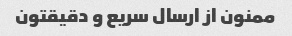
ممنون از ارسال سریع و دقیقتون